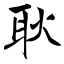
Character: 耿